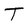
Character: T